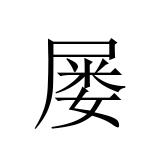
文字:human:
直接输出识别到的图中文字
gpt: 屡